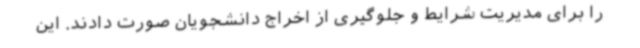
را برای مدیریت شرایط و جلوگیری از اخراج دانشجویان صورت دادند. این